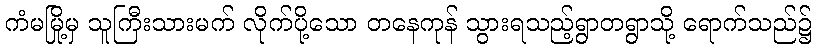
ကံမမြို့မှ သူကြီးသားမက် လိုက်ပို့သော တနေကုန် သွားရသည့်ရွာတရွာသို့ ရောက်သည်၌